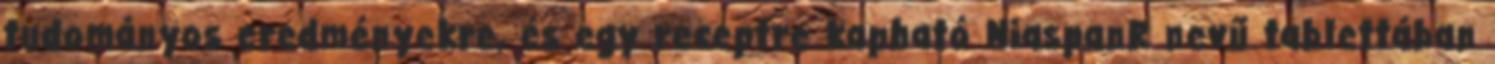
tudományos eredményekre, és egy receptre kapható NiaspanR nevű tablettában